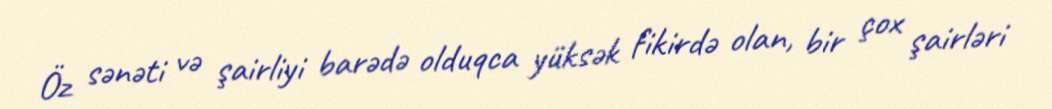
Öz sənəti və şairliyi barədə olduqca yüksək fikirdə olan, bir çox şairləri